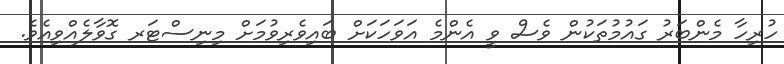
ހުރިހާ މެންބަރު ގައުމުތަކުން ވެސް ވީ އެންމެ އަވަހަކަށް ބައިވެރިވުމަށް މިނިސްޓަރ ގޮވާލެއްވިއެވެ.